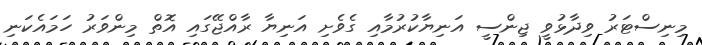
މިނިސްޓަރު ވިދާޅުވީ ޖިންސީ އަނިޔާކުރުމާއި ގެވެށި އަނިޔާ ރާއްޖޭގައި އޮތް މިންވަރު ހަމައެކަނި